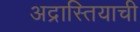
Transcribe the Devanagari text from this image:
अद्रास्तियाची